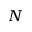
^ N